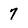
Character: 7